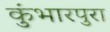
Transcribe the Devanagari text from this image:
कुंभारपुरा